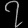
Digit: ၇